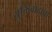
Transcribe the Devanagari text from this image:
युक्तिवादाचा